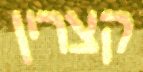
קצרין